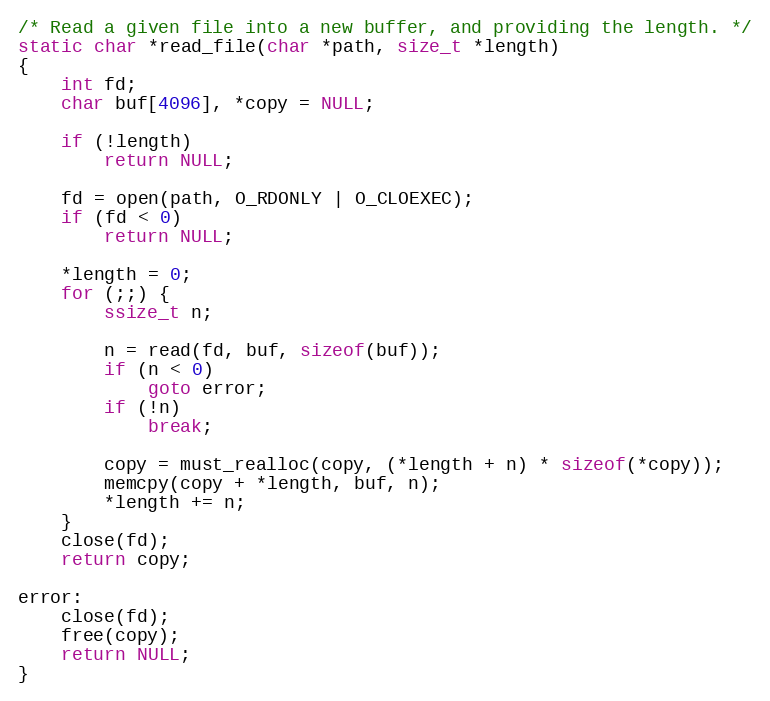
Language: C
/* Read a given file into a new buffer, and providing the length. */
static char *read_file(char *path, size_t *length)
{
	int fd;
	char buf[4096], *copy = NULL;

	if (!length)
		return NULL;

	fd = open(path, O_RDONLY | O_CLOEXEC);
	if (fd < 0)
		return NULL;

	*length = 0;
	for (;;) {
		ssize_t n;

		n = read(fd, buf, sizeof(buf));
		if (n < 0)
			goto error;
		if (!n)
			break;

		copy = must_realloc(copy, (*length + n) * sizeof(*copy));
		memcpy(copy + *length, buf, n);
		*length += n;
	}
	close(fd);
	return copy;

error:
	close(fd);
	free(copy);
	return NULL;
}